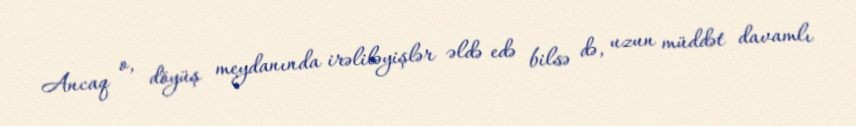
Ancaq o, döyüş meydanında irəliləyişlər əldə edə bilsə də, uzun müddət davamlı